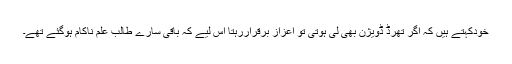
خودکہتے ہیں کہ اگر تھرڈ ڈویژن بھی لی ہوتی تو اعزاز برقراررہتا اس لیے کہ باقی سارے طالب علم ناکام ہوگئے تھے۔